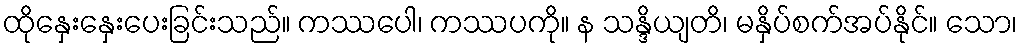
ထိုနှေးနှေးပေးခြင်းသည်။ ကဿပေါ၊ ကဿပကို။ န သန္ဒိယျတိ၊ မနှိပ်စက်အပ်နိုင်။ သော၊